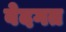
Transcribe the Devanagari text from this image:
वेदगत